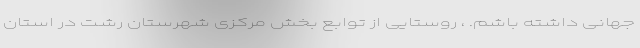
جهانی داشته باشم. ، روستایی از توابع بخش مرکزی شهرستان رشت در استان